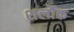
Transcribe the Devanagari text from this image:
शर्लौक